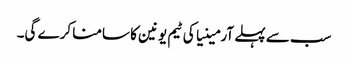
سب سے پہلے آرمینیا کی ٹیم یونین کا سامنا کرے گی۔